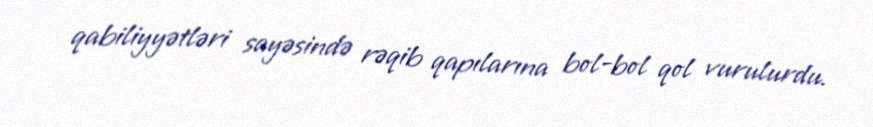
qabiliyyətləri sayəsində rəqib qapılarına bol-bol qol vurulurdu.